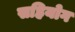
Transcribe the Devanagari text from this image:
सहियोग